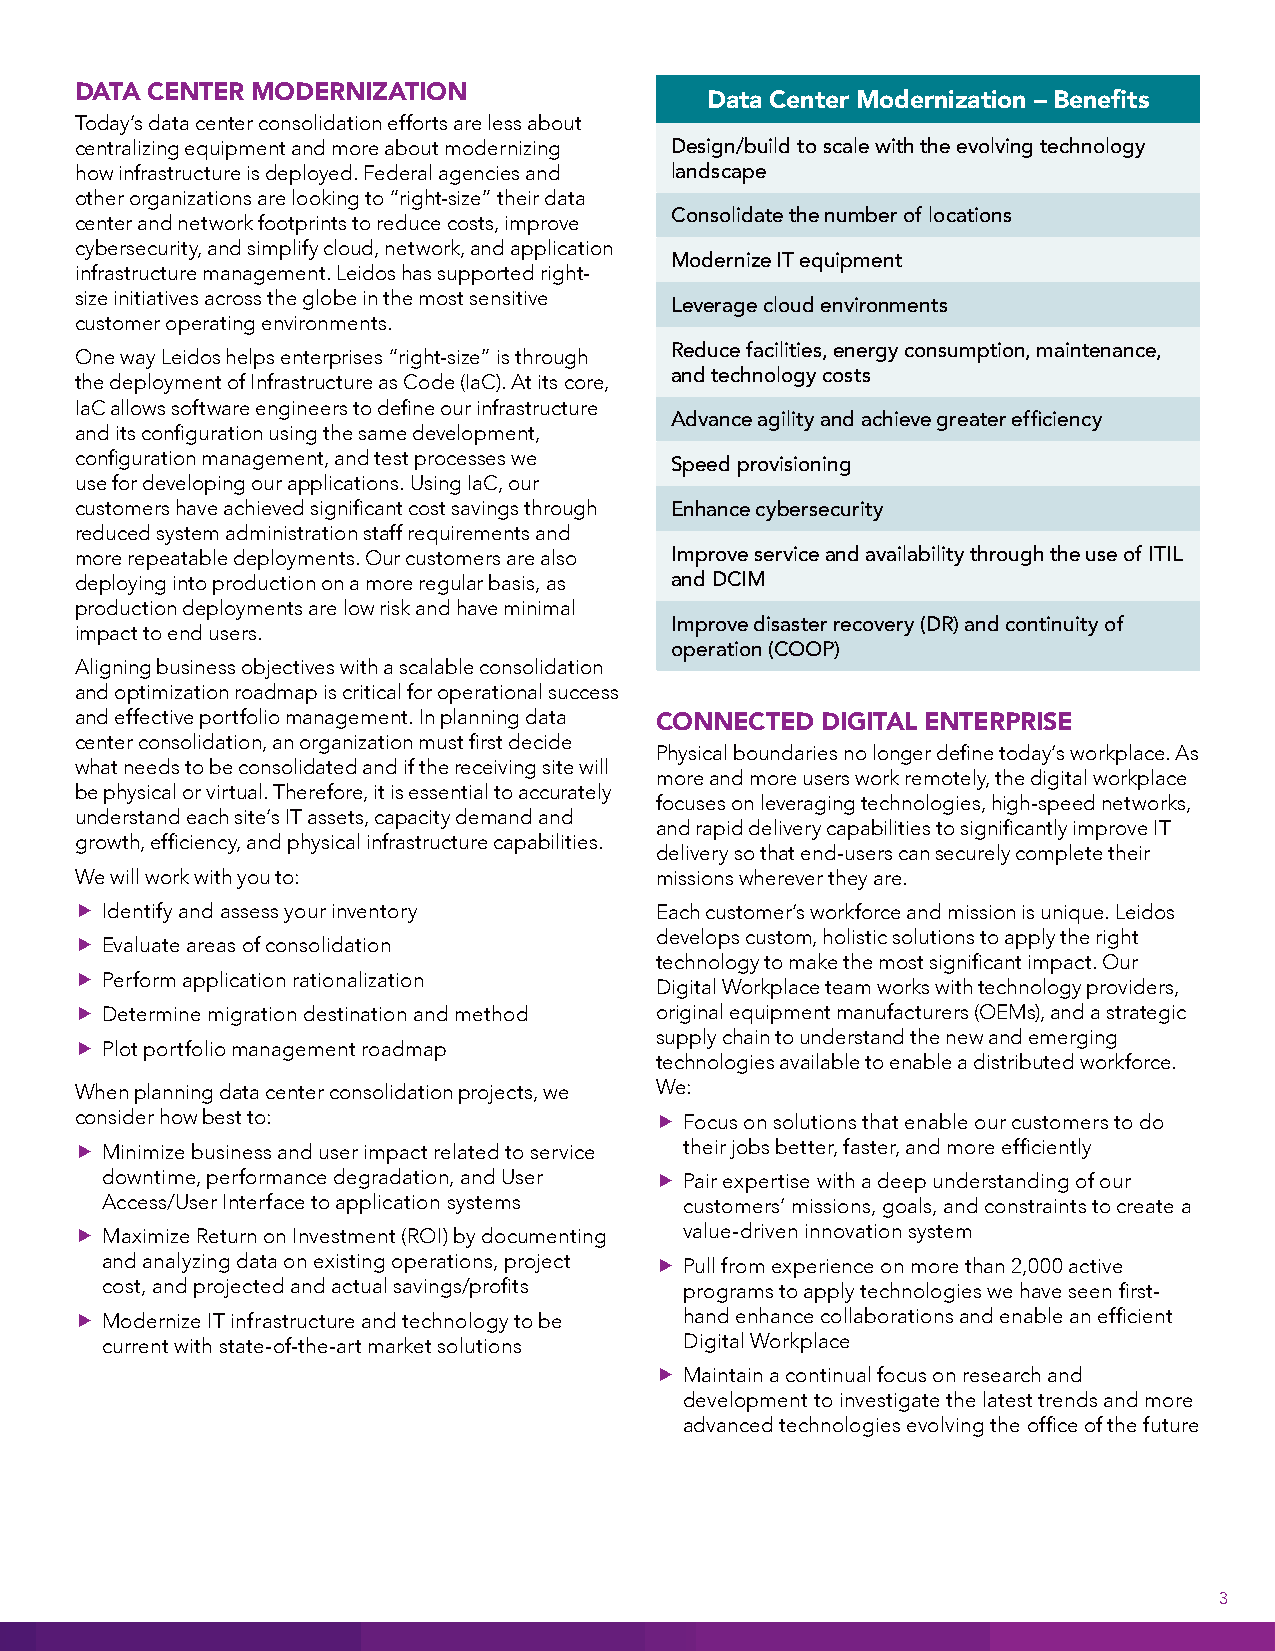
DATA CENTER MODERNIZATION
 Data Center Modernization – Benefits
 Today’s data center consolidation efforts are less about
 centralizing equipment and more about modernizing Design/build to scale with the evolving technology
 how infrastructure is deployed. Federal agencies and landscape
 other organizations are looking to “right-size” their data
 center and network footprints to reduce costs, improve Consolidate the number of locations
 cybersecurity, and simplify cloud, network, and application
 Modernize IT equipment
 infrastructure management. Leidos has supported right-
 size initiatives across the globe in the most sensitive
 Leverage cloud environments
 customer operating environments.
 One way Leidos helps enterprises “right-size” is through Reduce facilities, energy consumption, maintenance,
 the deployment of Infrastructure as Code (IaC). At its core, and technology costs
 IaC allows software engineers to define our infrastructure
 Advance agility and achieve greater efficiency
 and its configuration using the same development,
 configuration management, and test processes we
 Speed provisioning
 use for developing our applications. Using IaC, our
 customers have achieved significant cost savings through Enhance cybersecurity
 reduced system administration staff requirements and
 more repeatable deployments. Our customers are also Improve service and availability through the use of ITIL
 deploying into production on a more regular basis, as and DCIM
 production deployments are low risk and have minimal
 impact to end users.                   Improve disaster recovery (DR) and continuity of
 operation (COOP)
 Aligning business objectives with a scalable consolidation
 and optimization roadmap is critical for operational success
 and effective portfolio management. In planning data
 CONNECTED  DIGITAL ENTERPRISE
 center consolidation, an organization must first decide
 Physical boundaries no longer define today’s workplace. As
 what needs to be consolidated and if the receiving site will
 more and more users work remotely, the digital workplace
 be physical or virtual. Therefore, it is essential to accurately
 focuses on leveraging technologies, high-speed networks,
 understand each site’s IT assets, capacity demand and
 and rapid delivery capabilities to significantly improve IT
 growth, efficiency, and physical infrastructure capabilities.
 delivery so that end-users can securely complete their
 We will work with you to:             missions wherever they are.
 f Identify and assess your inventory  Each customer’s workforce and mission is unique. Leidos
 develops custom, holistic solutions to apply the right
 f Evaluate areas of consolidation
 technology to make the most significant impact. Our
 f Perform application rationalization
 Digital Workplace team works with technology providers,
 f Determine migration destination and method original equipment manufacturers (OEMs), and a strategic
 supply chain to understand the new and emerging
 f Plot portfolio management roadmap
 technologies available to enable a distributed workforce.
 When planning data center consolidation projects, we We:
 consider how best to:                 f Focus on solutions that enable our customers to do
 f Minimize business and user impact related to service their jobs better, faster, and more efficiently
 downtime, performance degradation, and User f Pair expertise with a deep understanding of our
 Access/User Interface to application systems customers’ missions, goals, and constraints to create a
 f Maximize Return on Investment (ROI) by documenting value-driven innovation system
 and analyzing data on existing operations, project f Pull from experience on more than 2,000 active
 cost, and projected and actual savings/profits programs to apply technologies we have seen first-
 f Modernize IT infrastructure and technology to be hand enhance collaborations and enable an efficient
 current with state-of-the-art market solutions Digital Workplace
 f Maintain a continual focus on research and
 development to investigate the latest trends and more
 advanced technologies evolving the office of the future
 3